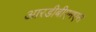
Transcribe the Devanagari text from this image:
आरडीबीएमएस